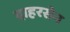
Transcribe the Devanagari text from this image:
दाहरसेन